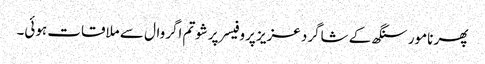
پھر نامور سنگھ کے شاگرد عزیز پروفیسر پرشوتم اگروال سے ملاقات ہوئی۔